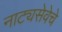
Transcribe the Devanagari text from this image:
नाट्यसेवेचे